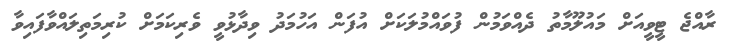
ރާއްޖެ ޓީވީއަށް މައުލޫމާތު ދެއްވަމުން ފުވައްމުލަކަށް އުފަން އަހުމަދު ވިދާޅުވީ ވެރިކަމަށް ކުރިމަތިލައްވާފައިވާ